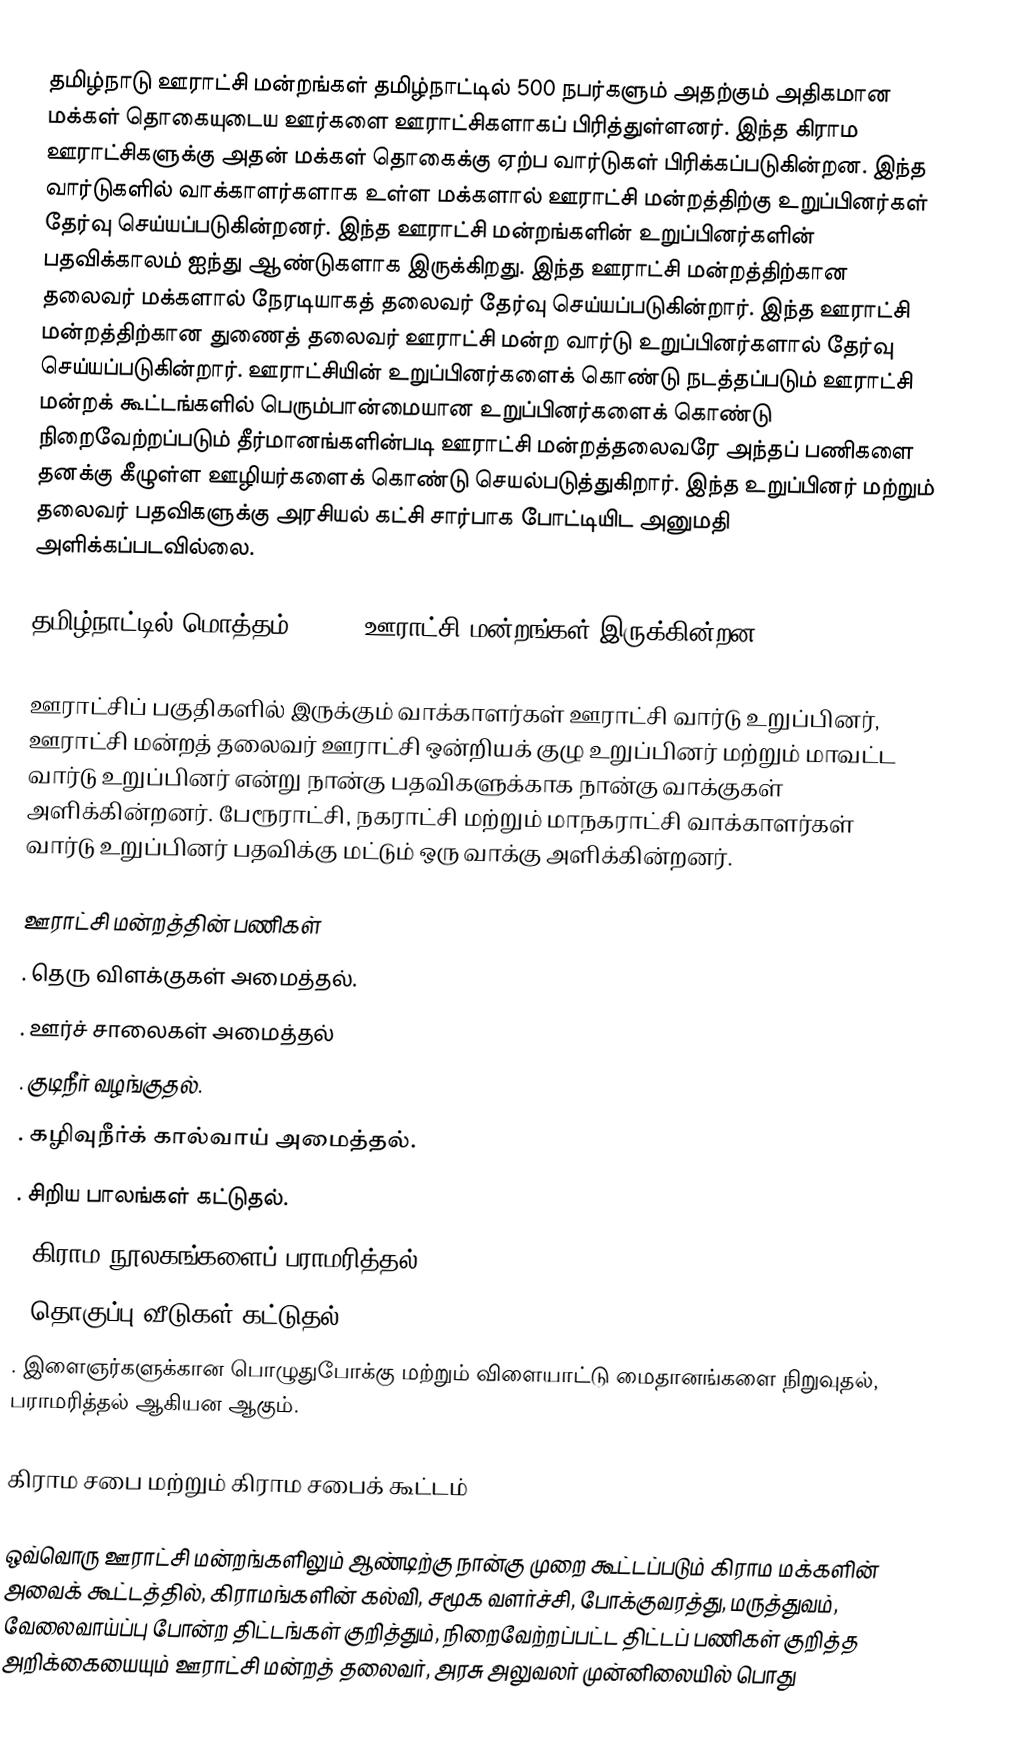
தமிழ்நாடு ஊராட்சி மன்றங்கள் தமிழ்நாட்டில் 500 நபர்களும் அதற்கும் அதிகமான மக்கள் தொகையுடைய ஊர்களை ஊராட்சிகளாகப் பிரித்துள்ளனர். இந்த கிராம ஊராட்சிகளுக்கு அதன் மக்கள் தொகைக்கு ஏற்ப வார்டுகள் பிரிக்கப்படுகின்றன. இந்த வார்டுகளில் வாக்காளர்களாக உள்ள மக்களால் ஊராட்சி மன்றத்திற்கு உறுப்பினர்கள் தேர்வு செய்யப்படுகின்றனர். இந்த ஊராட்சி மன்றங்களின் உறுப்பினர்களின் பதவிக்காலம் ஐந்து ஆண்டுகளாக இருக்கிறது. இந்த ஊராட்சி மன்றத்திற்கான தலைவர் மக்களால் நேரடியாகத் தலைவர் தேர்வு செய்யப்படுகின்றார். இந்த ஊராட்சி மன்றத்திற்கான துணைத் தலைவர் ஊராட்சி மன்ற வார்டு உறுப்பினர்களால் தேர்வு  செய்யப்படுகின்றார். ஊராட்சியின் உறுப்பினர்களைக் கொண்டு நடத்தப்படும் ஊராட்சி மன்றக் கூட்டங்களில் பெரும்பான்மையான உறுப்பினர்களைக் கொண்டு நிறைவேற்றப்படும் தீர்மானங்களின்படி ஊராட்சி மன்றத்தலைவரே அந்தப் பணிகளை தனக்கு கீழுள்ள ஊழியர்களைக் கொண்டு செயல்படுத்துகிறார். இந்த உறுப்பினர் மற்றும் தலைவர் பதவிகளுக்கு அரசியல் கட்சி சார்பாக போட்டியிட அனுமதி அளிக்கப்படவில்லை.

தமிழ்நாட்டில் மொத்தம் 12,524 ஊராட்சி மன்றங்கள் இருக்கின்றன.

ஊராட்சிப் பகுதிகளில் இருக்கும் வாக்காளர்கள் ஊராட்சி வார்டு உறுப்பினர், ஊராட்சி மன்றத் தலைவர் ஊராட்சி ஒன்றியக் குழு உறுப்பினர் மற்றும் மாவட்ட வார்டு உறுப்பினர் என்று நான்கு பதவிகளுக்காக நான்கு வாக்குகள் அளிக்கின்றனர். பேரூராட்சி, நகராட்சி மற்றும் மாநகராட்சி வாக்காளர்கள் வார்டு உறுப்பினர் பதவிக்கு மட்டும் ஒரு வாக்கு அளிக்கின்றனர்.

ஊராட்சி மன்றத்தின் பணிகள்
 . தெரு விளக்குகள் அமைத்தல்.
 . ஊர்ச் சாலைகள் அமைத்தல்
 . குடிநீர் வழங்குதல்.
 . கழிவுநீர்க் கால்வாய் அமைத்தல்.
 . சிறிய பாலங்கள் கட்டுதல்.
 . கிராம நூலகங்களைப் பராமரித்தல்.
 . தொகுப்பு வீடுகள் கட்டுதல்.
 . இளைஞர்களுக்கான பொழுதுபோக்கு மற்றும் விளையாட்டு மைதானங்களை நிறுவுதல், பராமரித்தல் ஆகியன ஆகும்.

கிராம சபை மற்றும் கிராம சபைக் கூட்டம்

ஒவ்வொரு ஊராட்சி மன்றங்களிலும் ஆண்டிற்கு நான்கு முறை கூட்டப்படும் கிராம மக்களின் அவைக் கூட்டத்தில், கிராமங்களின் கல்வி, சமூக வளர்ச்சி, போக்குவரத்து, மருத்துவம், வேலைவாய்ப்பு போன்ற திட்டங்கள் குறித்தும், நிறைவேற்றப்பட்ட திட்டப் பணிகள் குறித்த  அறிக்கையையும் ஊராட்சி மன்றத் தலைவர், அரசு அலுவலர் முன்னிலையில் பொது